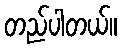
တည်ပါတယ်။